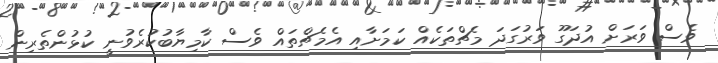
ވެސް ވަރަށް އުދަގޫ ވަރުގަދަ މެޗްތަކެއް ކަމަށާއި އެމެޗްތައް ވެސް ކާމިޔާބުކުރެވުނީ ކުޅުންތެރިން